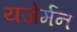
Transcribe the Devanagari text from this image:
यजेर्मन